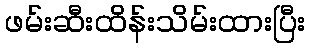
ဖမ်းဆီးထိန်းသိမ်းထားပြီး